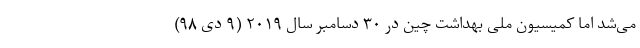
می‌شد اما کمیسیون ملی بهداشت چین در ۳۰ دسامبر سال ۲۰۱۹ (۹ دی ۹۸)